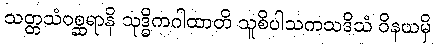
သတ္တသံဝစ္ဆရာနိ သုဒ္ဓိကဂါထာတိ သူစိပါသကသဒိသံ ဝိနယမှိ